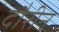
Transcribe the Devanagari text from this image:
दौरीन